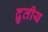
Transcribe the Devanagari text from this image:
द्रुतीय